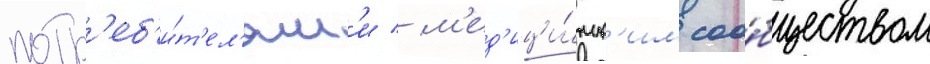
потр'еб'и́т'ел'ям'и / м'ед'ици́нск'им соо́бществом